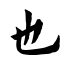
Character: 也